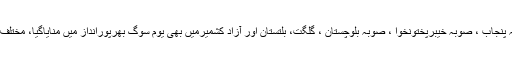
ایم کیوایم کی جانب سے یوم سوگ کی اپیل پر صوبہ پنجاب ، صوبہ خیبرپختونخوا ، صوبہ بلوچستان ، گلگت، بلتستان اور آزاد کشمیرمیں بھی یوم سوگ بھرپورانداز میں منایاگیا، مختلف شہروں میں سیاہ پرچم اور سیاہ بینرز لگائے گئے ۔